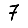
Digit: 7